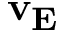
\mathbf { v _ { E } }